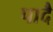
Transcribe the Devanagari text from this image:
पादै